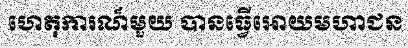
ហេតុការណ៏មួយ បានធ្វើអោយមហាជន